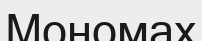
Мономах